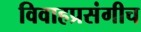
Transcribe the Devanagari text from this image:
विवाहप्रसंगीच